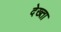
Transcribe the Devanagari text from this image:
देख्ता